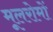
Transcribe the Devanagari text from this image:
मूलरोमों